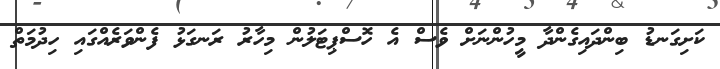
ކަށިގަނޑު ބިންދައިގެންދާ މީހުންނަށް ވެސް އެ ހޮސްޕިޓަލުން މިހާރު ރަނގަޅު ފެންވަރެއްގައި ހިދުމަތް